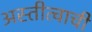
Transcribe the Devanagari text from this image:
अस्तीत्वाची